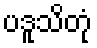
ပဒူသိတုံ